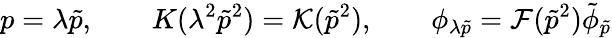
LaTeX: p=\lambda\tilde{p},\qquad K(\lambda^{2}\tilde{p}^{2})={\cal K}(\tilde{p}^{2}),\qquad\phi_{\lambda\tilde{p}}={\cal F}(\tilde{p}^{2})\tilde{\phi}_{\tilde{p}}